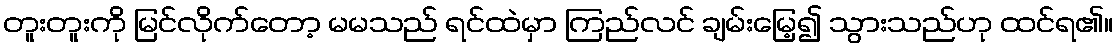
တူးတူးကို မြင်လိုက်တော့ မမသည် ရင်ထဲမှာ ကြည်လင် ချမ်းမြေ့၍ သွားသည်ဟု ထင်ရ၏။